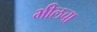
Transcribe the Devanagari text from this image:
भीलचा